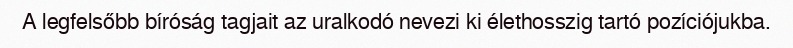
A legfelsőbb bíróság tagjait az uralkodó nevezi ki élethosszig tartó pozíciójukba.